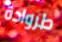
طروادة